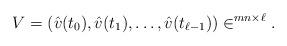
LaTeX: \begin{align*} V = \left( \hat{v}(t_0),\hat{v}(t_1),\ldots,\hat{v}(t_{\ell -1}) \right) \in \real^{mn \times \ell} . \end{align*}